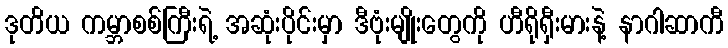
ဒုတိယ ကမ္ဘာစစ်ကြီးရဲ့ အဆုံးပိုင်းမှာ ဒီဗုံးမျိုးတွေကို ဟီရိုရှီးမားနဲ့ နာဂါဆာကီ